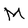
Character: M